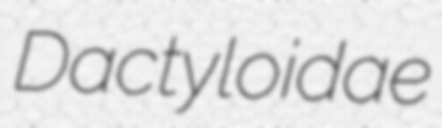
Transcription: Dactyloidae